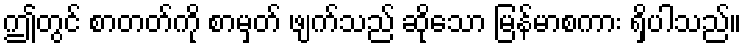
ဤတွင် စာတတ်ကို စာမှတ် ဖျက်သည် ဆိုသော မြန်မာစကား ရှိပါသည်။